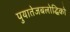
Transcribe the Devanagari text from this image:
पुयातेजबलोद्धिको